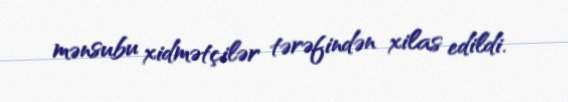
mənsubu xidmətçilər tərəfindən xilas edildi.